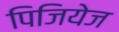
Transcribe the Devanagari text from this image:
पिजियेज